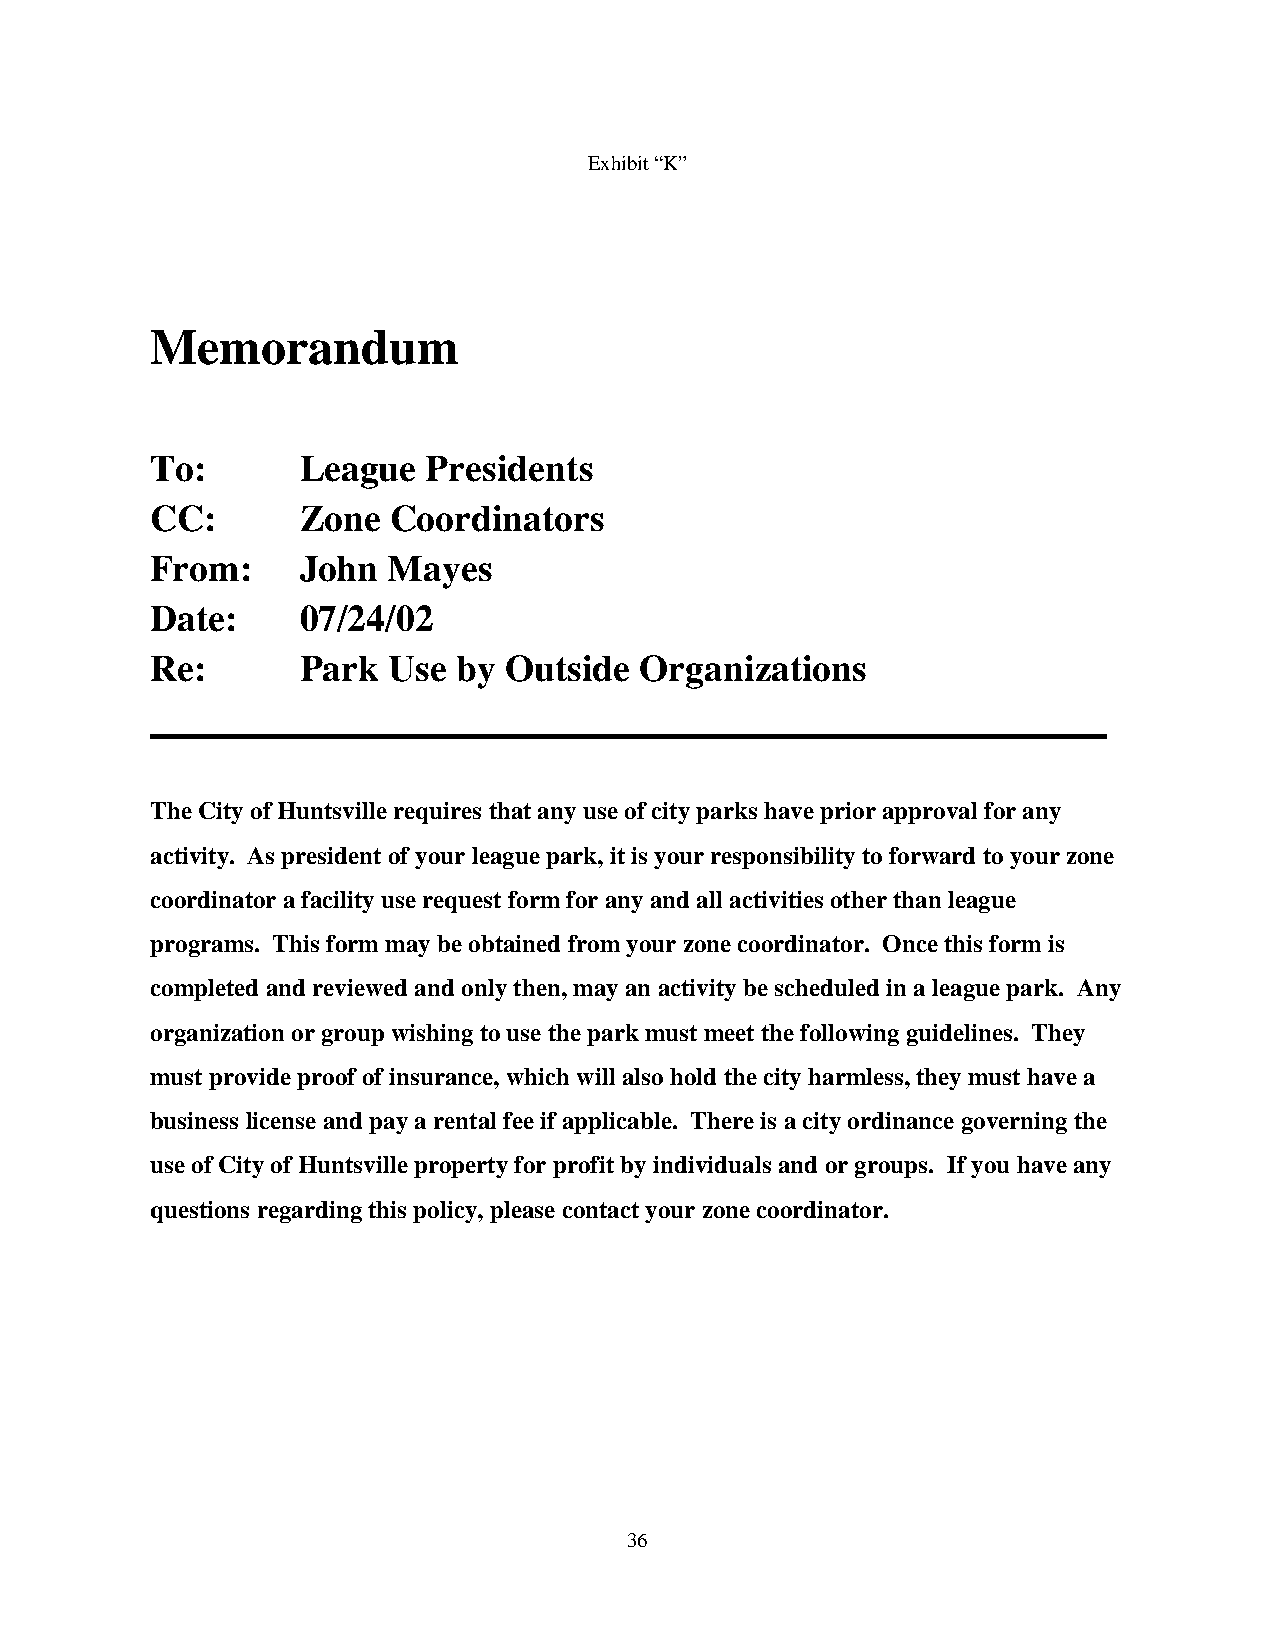
Exhibit “K”
 Memorandum
 To:       League  Presidents
 CC:       Zone  Coordinators
 From:     John  Mayes
 Date:     07/24/02
 Re:       Park  Use by Outside  Organizations
 ___________________________________________________
 The City of Huntsville requires that any use of city parks have prior approval for any
 activity. As president of your league park, it is your responsibility to forward to your zone
 coordinator a facility use request form for any and all activities other than league
 programs. This form may be obtained from your zone coordinator. Once this form is
 completed and reviewed and only then, may an activity be scheduled in a league park. Any
 organization or group wishing to use the park must meet the following guidelines. They
 must provide proof of insurance, which will also hold the city harmless, they must have a
 business license and pay a rental fee if applicable. There is a city ordinance governing the
 use of City of Huntsville property for profit by individuals and or groups. If you have any
 questions regarding this policy, please contact your zone coordinator.
 36